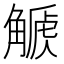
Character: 𧤫